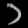
Digit: ၁